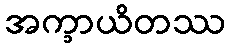
အက္ခာယိတဿ